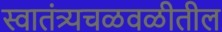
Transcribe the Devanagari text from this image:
स्वातंत्र्यचळवळीतील